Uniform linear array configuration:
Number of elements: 64
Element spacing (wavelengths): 1
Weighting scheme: hamming
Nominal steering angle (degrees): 0
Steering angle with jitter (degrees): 0.3551
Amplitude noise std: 0.05
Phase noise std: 0.05

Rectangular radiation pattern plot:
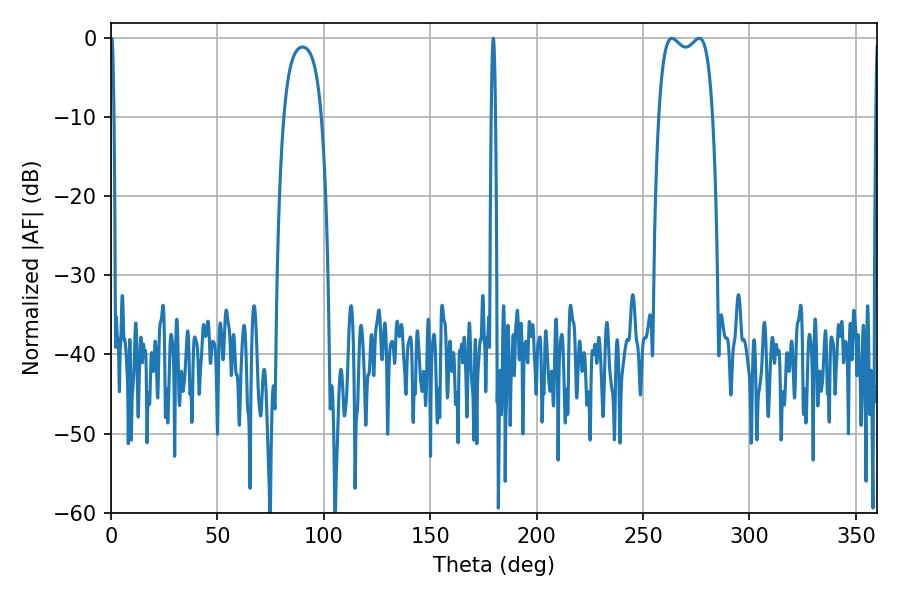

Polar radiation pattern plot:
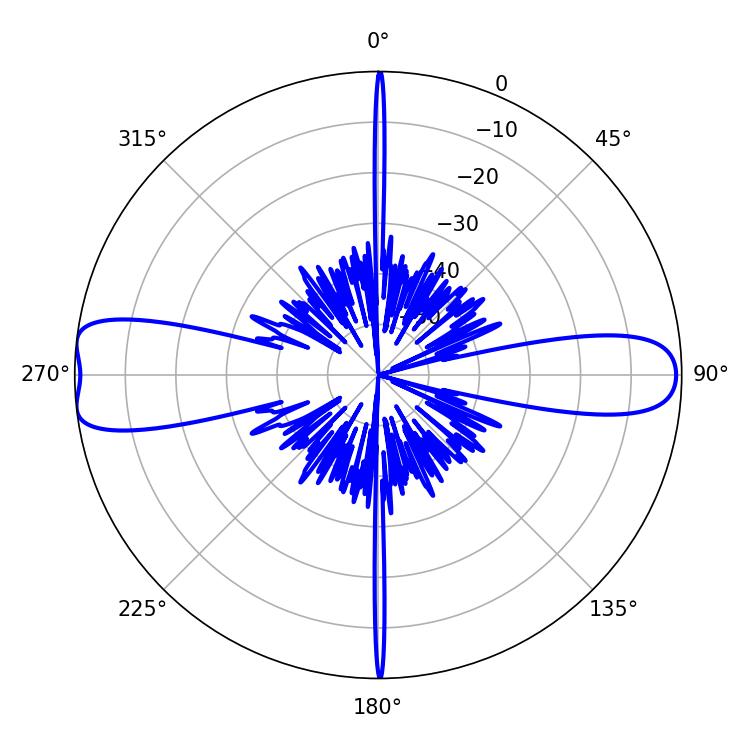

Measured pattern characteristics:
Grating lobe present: TRUE
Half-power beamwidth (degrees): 0.9
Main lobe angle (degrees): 0.36